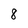
Character: 8